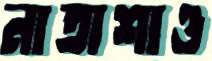
নাতাশাও